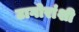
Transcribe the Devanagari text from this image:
टागोरांशी